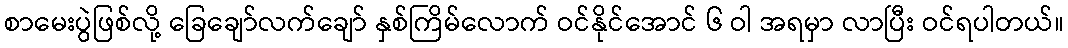
စာမေးပွဲဖြစ်လို့ ခြေချော်လက်ချော် နှစ်ကြိမ်လောက် ဝင်နိုင်အောင် ၆ ဝါ အရမှာ လာပြီး ဝင်ရပါတယ်။